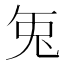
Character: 𭀣